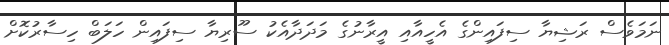
ނަމަވެސް ރަޝިޔާ ސިފައިންގެ އެހީއާއި އީރާނުގެ މަދަދާއެކު ސޫރިޔާ ސިފައިން ހަލަބް ހިސާރުކޮށް